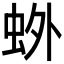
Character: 𫊰